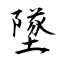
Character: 墜